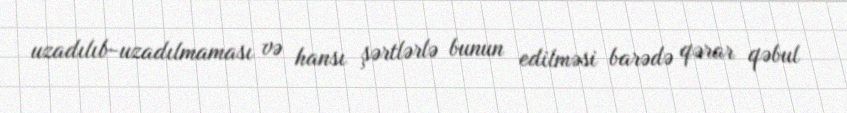
uzadılıb-uzadılmaması və hansı şərtlərlə bunun edilməsi barədə qərar qəbul